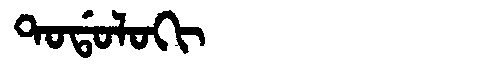
Manchu: ᡨᠣᡩᠣᠯᠣᡴᡳ
Romanization: TODOLOKI